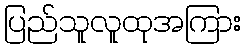
ပြည်သူလူထုအကြား